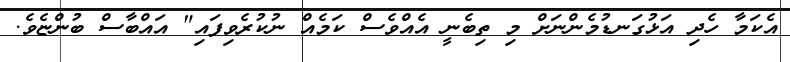
އެކަމާ ހެދި އަޅުގަނޑުމެންނަށް މި ތިބެނީ އެއްވެސް ކަމެއް ނުކުރެވިފައި" އައްބާސް ބުންޏެވެ.